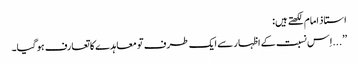
استاذ امام لکھتے ہیں:
’’...اِس نسبت کے اظہار سے ایک طرف تو معاہدے کا تعارف ہو گیا۔